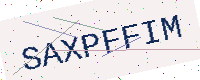
Text: SAXPFFIM